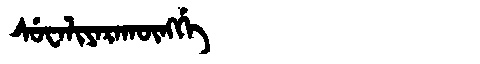
Manchu: ᠰᡠᠸᠠᠯᡳᠶᠠᡵᠠᡴᡡᠩᡤᡝ
Romanization: SUWALIYARAKŪNGGE